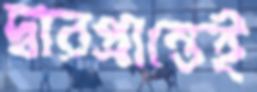
দ্বারপ্রান্তেই